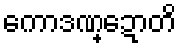
ကောဒဏ္ဍောတိ